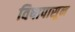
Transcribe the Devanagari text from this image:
विषापासून